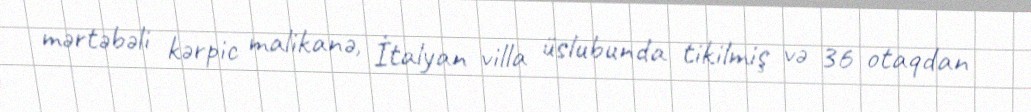
mərtəbəli kərpic malikanə, İtalyan villa üslubunda tikilmiş və 36 otaqdan